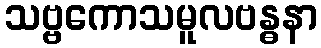
သဗ္ဗကောသမူလဗန္ဓနာ